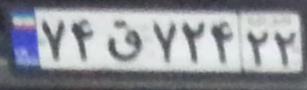
۷۴ق۷۲۴۲۲